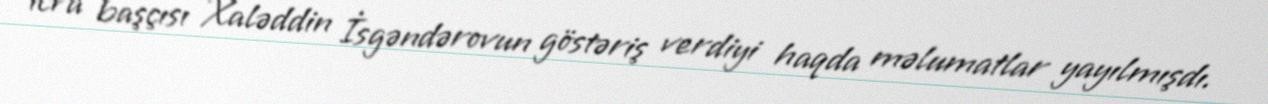
icra başçısı Xaləddin İsgəndərovun göstəriş verdiyi haqda məlumatlar yayılmışdı.